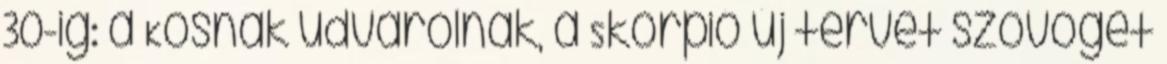
30-ig: a Kosnak udvarolnak, a Skorpió új tervet szövöget